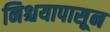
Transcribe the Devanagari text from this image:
निश्चयापासून